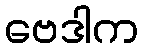
ဗေဒါက